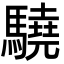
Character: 驍